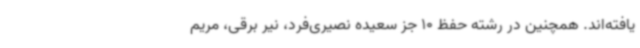
یافته‌اند. همچنین در رشته حفظ 10 جز سعیده نصیری‌فرد، نیر برقی، مریم